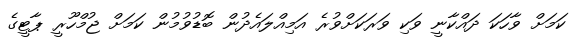
ކަމަށް ވާހަކަ ދައްކާނީ ވަކި ވަރަކަށްވުރެ އަމިއްލައެދުން ބޮޑުވުމުން ކަމަށް ޖުމްހޫރީ ޕާޓީގެ